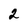
Character: 2